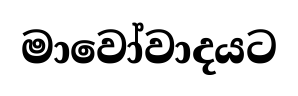
මාවෝවාදයට